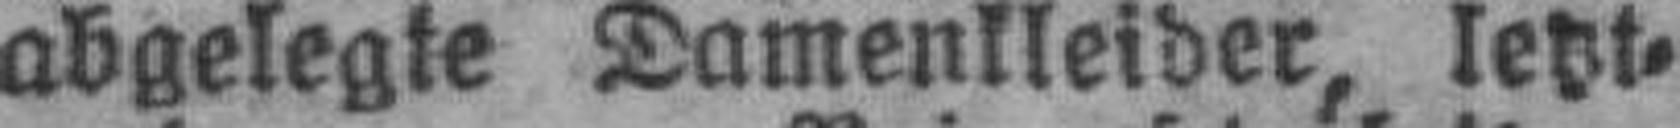
abgelegte Damenkleider, letzt¬